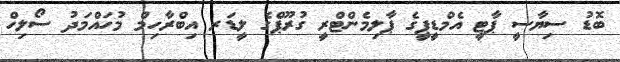
ބޮޑު ސިޔާސީ ޕާޓީ އެމްޑީޕީގެ ޕާލިމެންޓްރީ ގުރޫޕްގެ ލީޑަރ އިބްރާހިމް މުހައްމަދު ސޯލިހް